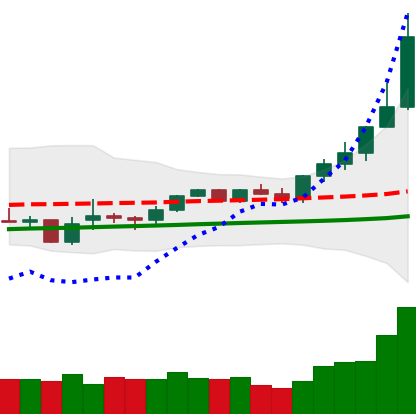
Ticker: XMR-USD
Chart end date: 2021-02-13
Forward return: 8.992%
Label: up_7plus